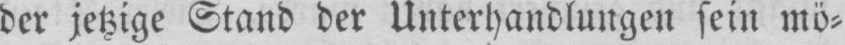
der jetzige Stand der Unterhandlungen sein mö⸗